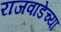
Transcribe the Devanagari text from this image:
राजवाडेच्या